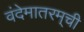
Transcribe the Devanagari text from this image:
वंदेमातरम्‌ची